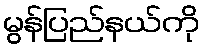
မွန်ပြည်နယ်ကို